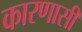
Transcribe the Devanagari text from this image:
कारणासी